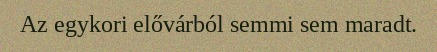
Az egykori elővárból semmi sem maradt.